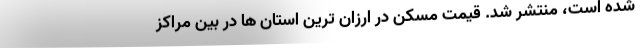
شده است، منتشر شد. قیمت مسکن در ارزان ترین استان ها در بین مراکز